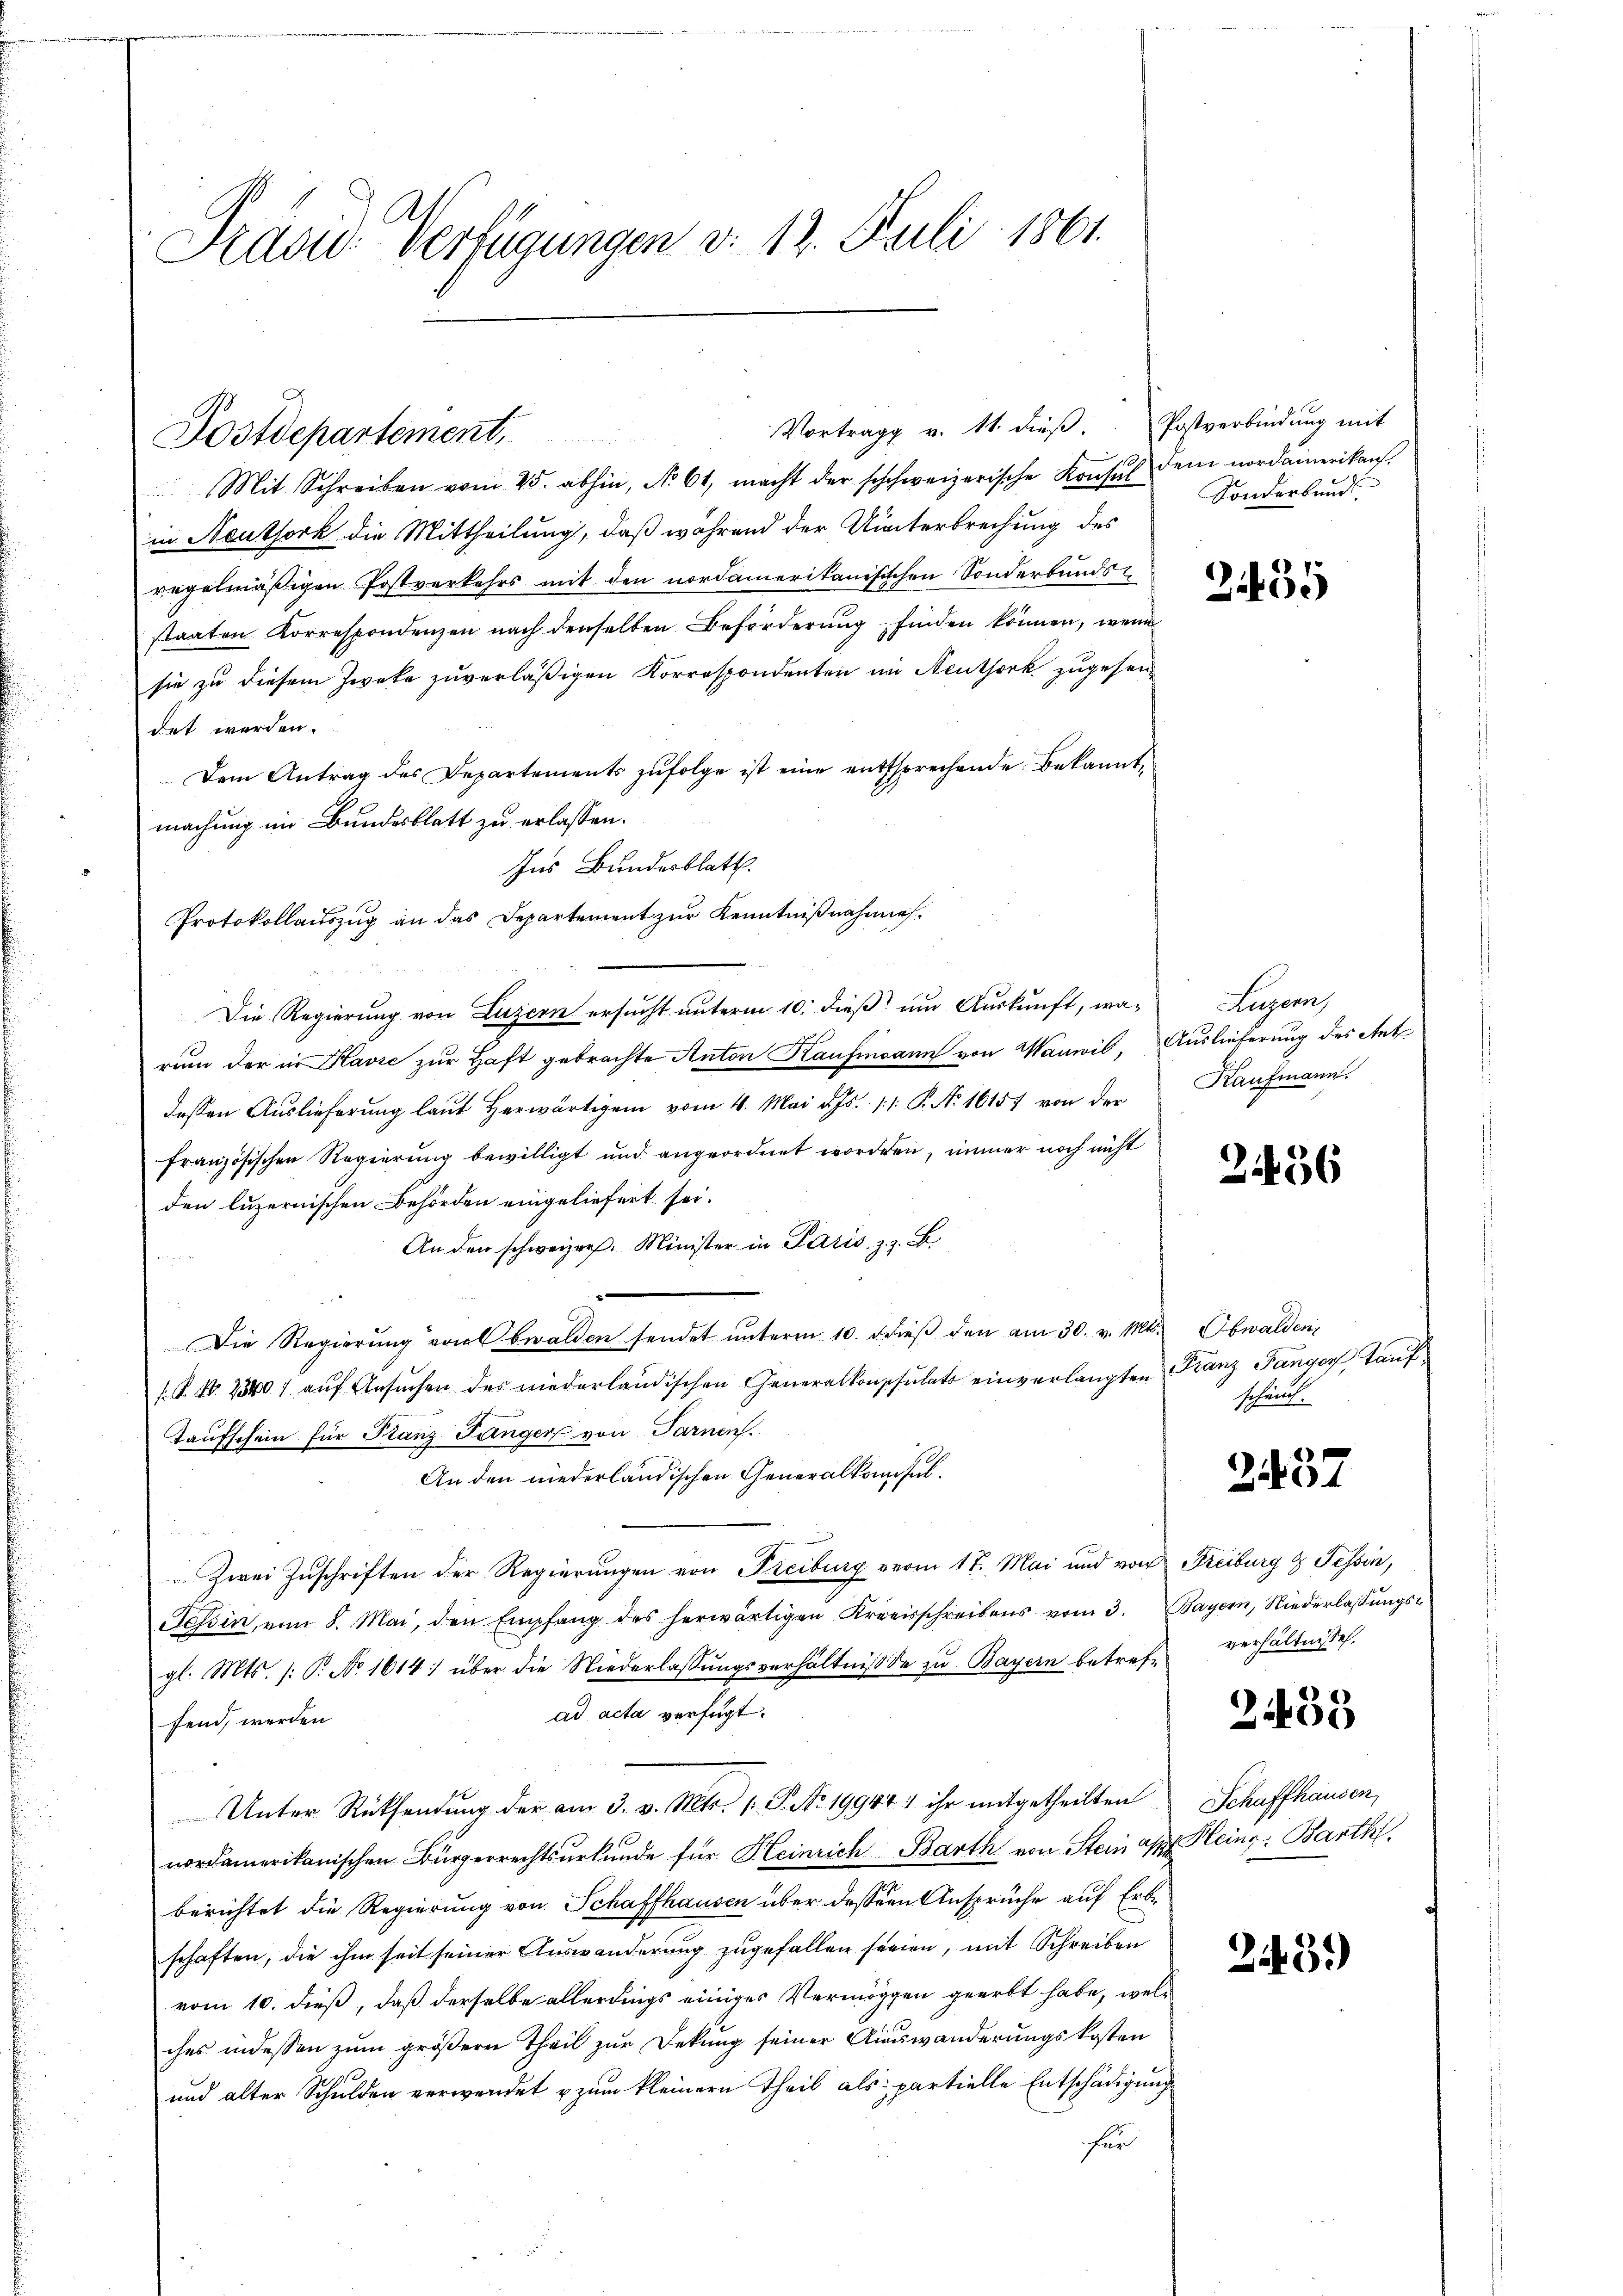
Mit Schreiben vom 25. abhin, No 61, macht der schweizerische Konsul dem nordamerikan.
in Neuthork die Mittheilung, daß während der Unterbrechung des
regelmäßigen Postverkehrs mit den nordamerikanisischen Sonderbundsstaaten Korrespondenzen nach denselben Beförderŭng finden können, wenn
sie zu diesem Zweke zuverläßigen Korrespondenten im Neuthork zugesen-
det werden.
Dem Antrag des Departements zŭfolge ist eine entsprechende Bekanntmachung im Bundesblatt zu erlassen.
Ins Bundesblatt.
Protokollauszug an das Departement zur Kenntnißnahmen.
Die Regierung von Luzern ersucht unterm 10. dieß um Auskunft, warum der in Havre zur Haft gebrachte Anton Kaufmann von Wanwil, Auslieferung des Ant
dessen Auslieferung laut herwärtigen vom 4. Mai d. Js. 11. P. N. 16157 von der Kaufmann
französischen Regierung bewilligt und angeordnet worden, immer noch nicht
den luzernischen Behörden eingeliefert sei.
An den schweizer. Minister in Paris z. z. B
Die Regierung vorl Ewalden sendet unterm 10. dieß den am 30. v. Mts. Obwalden
.P. Nr. 23401 aŭf Ansŭchen des niederländischen Generalkonsulats einverlangten Franz Fangor, Tauf¬
Taufschein für Stanz Jünger von Tarnen.
An den niederländischen Generalkomisul¬
Zwei Zuschriften der Regierungen von Freiburg vom 17. Mai und von Freiburg & Tessin,
Tessin, vom 8. Mai, den Empfang des herwärtigen Kreisschreibens vom 3. Bayern, Niederlassŭngs-
gl. Mts. /: P. No. 1614 über die Niederlassŭngsverhältnis de zŭ Bayern betrefe verhältnisse.
ad acta verfügt:
fend, werden
Unter Rücksendung der am 3. v. Mts. 1 S. No. 19944 : ihr mitgetheilten
nordamerikanischen Bürgerrechtsurkunde für Heinrich Barth von Stein apr. Kleing. Barth
berichtet die Regierung von Schaffhausen über dessern Ansprüche auf Erbschaften, die ihm seit seiner Auswanderung zugefallen seien, mit Schreiben
vom 10. dieß, daß derselbe allerdings einiges Vermögen geerbt habe, welches indessen zum größern Theil zur Dekŭng seiner Auswanderungskosten
und alter Schulden verwendet u zum kleinern Theil als partielle Entschädigung
für

Prävid Verfügungen d. 13. Juli 1861.

Postdepartement,

Vortrag v. 11. dieβ. Postverbindŭng mit

Sonderbund

2435

Lugen

2456

scheint.

2437

314. 39

Schaffhausen,

243)